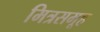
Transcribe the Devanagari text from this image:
मित्रसमूह